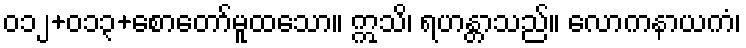
၀၁၂+၀၁၃+စောတော်မူထသော။ ဣသိ၊ ရဟန္တာသည်။ လောကနာယကံ၊